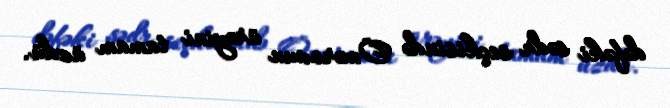
dəfəki sədr seçkisində Ömərovun ürəyini tamam üzdü.